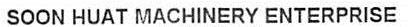
SOON HUAT MACHINERY ENTERPRISE